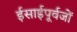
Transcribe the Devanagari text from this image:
ईसाईपूर्वजों